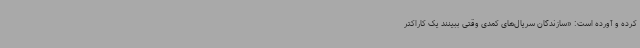
کرده و آورده است: «سازندگان سریال‌های کمدی وقتی ببینند یک کاراکتر